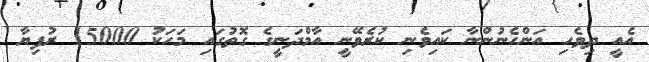
އެއީ ދިވެހި އަންހެނުންނާ ކައިވެނި ކުރެވޭނީ އާމްދަނީގެ ގޮތުގައި މަހަކު 15000 ރުފިޔާ